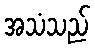
အသံသည်